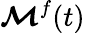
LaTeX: \boldsymbol{\mathcal{M}}^{f}(t)